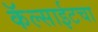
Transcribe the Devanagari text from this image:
कॅल्साईटचा